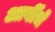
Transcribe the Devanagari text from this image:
आर्वीचे